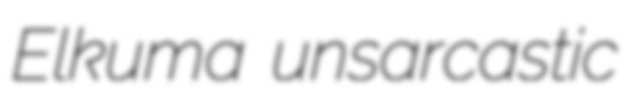
Elkuma unsarcastic